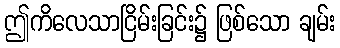
ဤကိလေသာငြိမ်းခြင်း၌ ဖြစ်သော ချမ်း